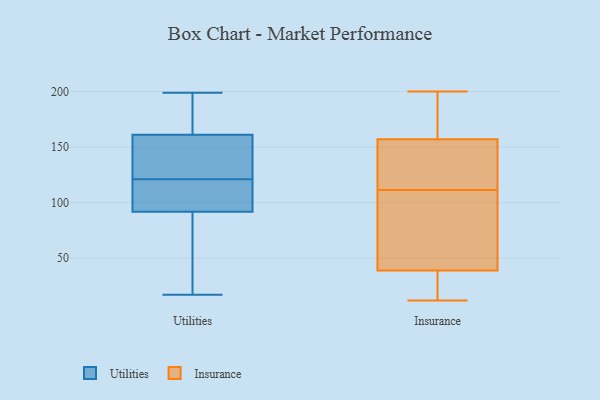
{"axis": {"x": "Operating Costs (USD K)", "y": "Value"}, "legend": ["Insurance", "Utilities"], "data": [{"x": "", "y": 110, "type": "Utilities"}, {"x": "", "y": 145, "type": "Utilities"}, {"x": "", "y": 133, "type": "Utilities"}, {"x": "", "y": 82, "type": "Utilities"}, {"x": "", "y": 189, "type": "Utilities"}, {"x": "", "y": 92, "type": "Utilities"}, {"x": "", "y": 119, "type": "Utilities"}, {"x": "", "y": 17, "type": "Utilities"}, {"x": "", "y": 69, "type": "Utilities"}, {"x": "", "y": 106, "type": "Utilities"}, {"x": "", "y": 159, "type": "Utilities"}, {"x": "", "y": 199, "type": "Utilities"}, {"x": "", "y": 91, "type": "Utilities"}, {"x": "", "y": 179, "type": "Utilities"}, {"x": "", "y": 121, "type": "Utilities"}, {"x": "", "y": 134, "type": "Utilities"}, {"x": "", "y": 168, "type": "Utilities"}, {"x": "", "y": 107, "type": "Insurance"}, {"x": "", "y": 157, "type": "Insurance"}, {"x": "", "y": 200, "type": "Insurance"}, {"x": "", "y": 12, "type": "Insurance"}, {"x": "", "y": 166, "type": "Insurance"}, {"x": "", "y": 39, "type": "Insurance"}, {"x": "", "y": 116, "type": "Insurance"}, {"x": "", "y": 153, "type": "Insurance"}, {"x": "", "y": 39, "type": "Insurance"}, {"x": "", "y": 19, "type": "Insurance"}]}